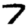
Digit: 7